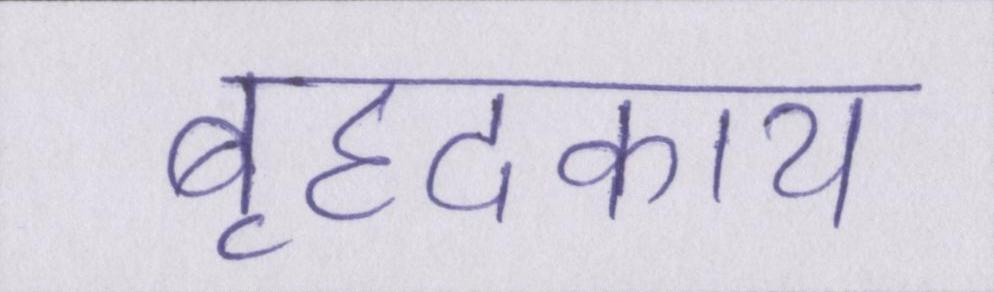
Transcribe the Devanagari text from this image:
बृहदकाय